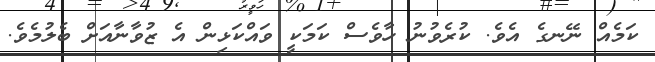
ކަމެއް ނޭނގެ އެވެ. ކުރެވުނު ހާވެސް ކަމަކީ ވައްކަޅިން އެ ޒުވާނާއަށް ބެލުމެވެ.